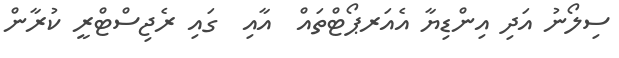
ސިލޯނު އަދި އިންޑިޔާ އެއަރޕޯޓްތައް  އާއި  ގައި ރެޖިސްޓްރީ ކުރާން